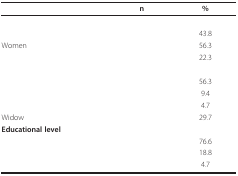
<table><thead><tr><td>[EMPTY_CELL]</td><td><b>n</b></td><td><b>%</b></td></tr></thead><tbody><tr><td>[EMPTY_CELL]</td><td>[EMPTY_CELL]</td><td>[EMPTY_CELL]</td></tr><tr><td>[EMPTY_CELL]</td><td>[EMPTY_CELL]</td><td>43.8</td></tr><tr><td>Women</td><td>[EMPTY_CELL]</td><td>56.3</td></tr><tr><td>[EMPTY_CELL]</td><td>[EMPTY_CELL]</td><td>22.3</td></tr><tr><td>[EMPTY_CELL]</td><td>[EMPTY_CELL]</td><td>[EMPTY_CELL]</td></tr><tr><td>[EMPTY_CELL]</td><td>[EMPTY_CELL]</td><td>56.3</td></tr><tr><td>[EMPTY_CELL]</td><td>[EMPTY_CELL]</td><td>9.4</td></tr><tr><td>[EMPTY_CELL]</td><td>[EMPTY_CELL]</td><td>4.7</td></tr><tr><td>Widow</td><td>[EMPTY_CELL]</td><td>29.7</td></tr><tr><td><b>Educational level</b></td><td>[EMPTY_CELL]</td><td>[EMPTY_CELL]</td></tr><tr><td>[EMPTY_CELL]</td><td>[EMPTY_CELL]</td><td>76.6</td></tr><tr><td>[EMPTY_CELL]</td><td>[EMPTY_CELL]</td><td>18.8</td></tr><tr><td>[EMPTY_CELL]</td><td>[EMPTY_CELL]</td><td>4.7</td></tr></tbody></table>